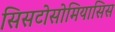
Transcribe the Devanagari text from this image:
सिसटोसोमियासिस